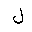
Letter: _lam